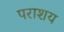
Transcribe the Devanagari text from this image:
पराशय